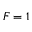
F = 1